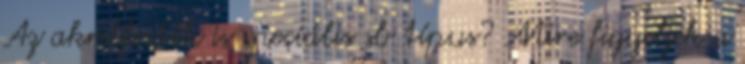
Az akrilfesték is speciális sb típus? Mire figyeljek a